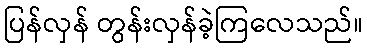
ပြန်လှန် တွန်းလှန်ခဲ့ကြလေသည်။